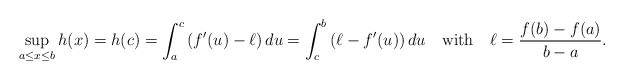
\begin{align*}\sup_{a\le x\le b}h(x)=h(c)=\int_{a}^{c}\left(f'(u)-\ell\right)du=\int_{c}^{b}\left(\ell-f'(u)\right)du\quad\mbox{with}\quad\ell={f(b)-f(a)\over b-a}.\end{align*}